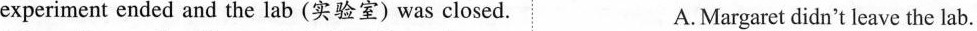
experiment ended and the lab (实验室)was closed. A. Margaret didn't leave the lab.